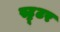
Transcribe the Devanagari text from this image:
स्ट्रूटर